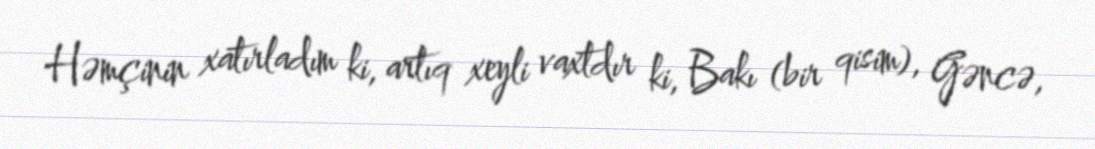
Həmçinin xatırladım ki, artıq xeyli vaxtdır ki, Bakı (bir qisim), Gəncə,